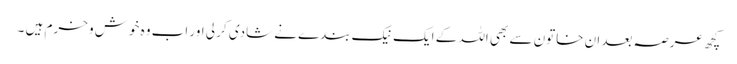
کچھ عرصہ بعد ان خاتون سے بھی اللہ کے ایک نیک بندے نے شادی کر لی اور اب وہ خوش و خرم ہیں ۔